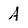
Character: A